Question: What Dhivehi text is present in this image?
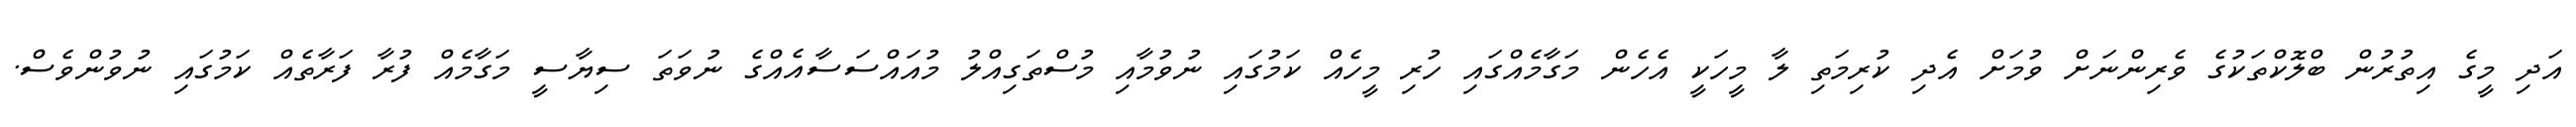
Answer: އަދި މީގެ އިތުރުން ބްލޮކްތަކުގެ ވެރިންނަށް ވުމަށް އެދި ކުރިމަތި ލާ މީހަކީ އެހެން މަގާމެއްގައި ހުރި މީހެއް ކަމުގައި ނުވުމާއި މުސްތަގިއްލު މުއައްސަސާއެއްގެ ނުވަތަ ސިޔާސީ މަގާމެއް ފުރާ ފަރާތެއް ކަމުގައި ނުވުންވެސް.